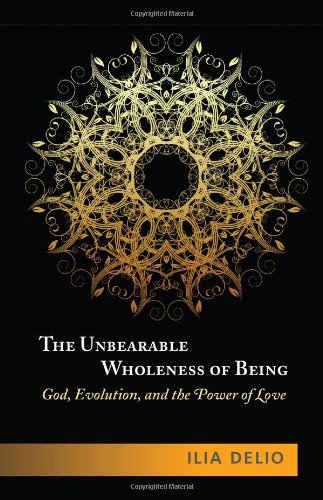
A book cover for The Unbearable Wholeness of Being: God, Evolution, and the Power of Love; Ilia Delio; Religion & Spirituality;